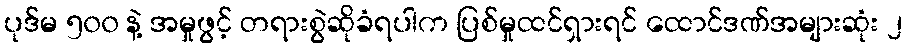
ပုဒ်မ ၅၀၀ နဲ့ အမှုဖွင့် တရားစွဲဆိုခံရပါက ပြစ်မှုထင်ရှားရင် ထောင်ဒဏ်အများဆုံး ၂